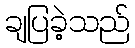
ချပြခဲ့သည်